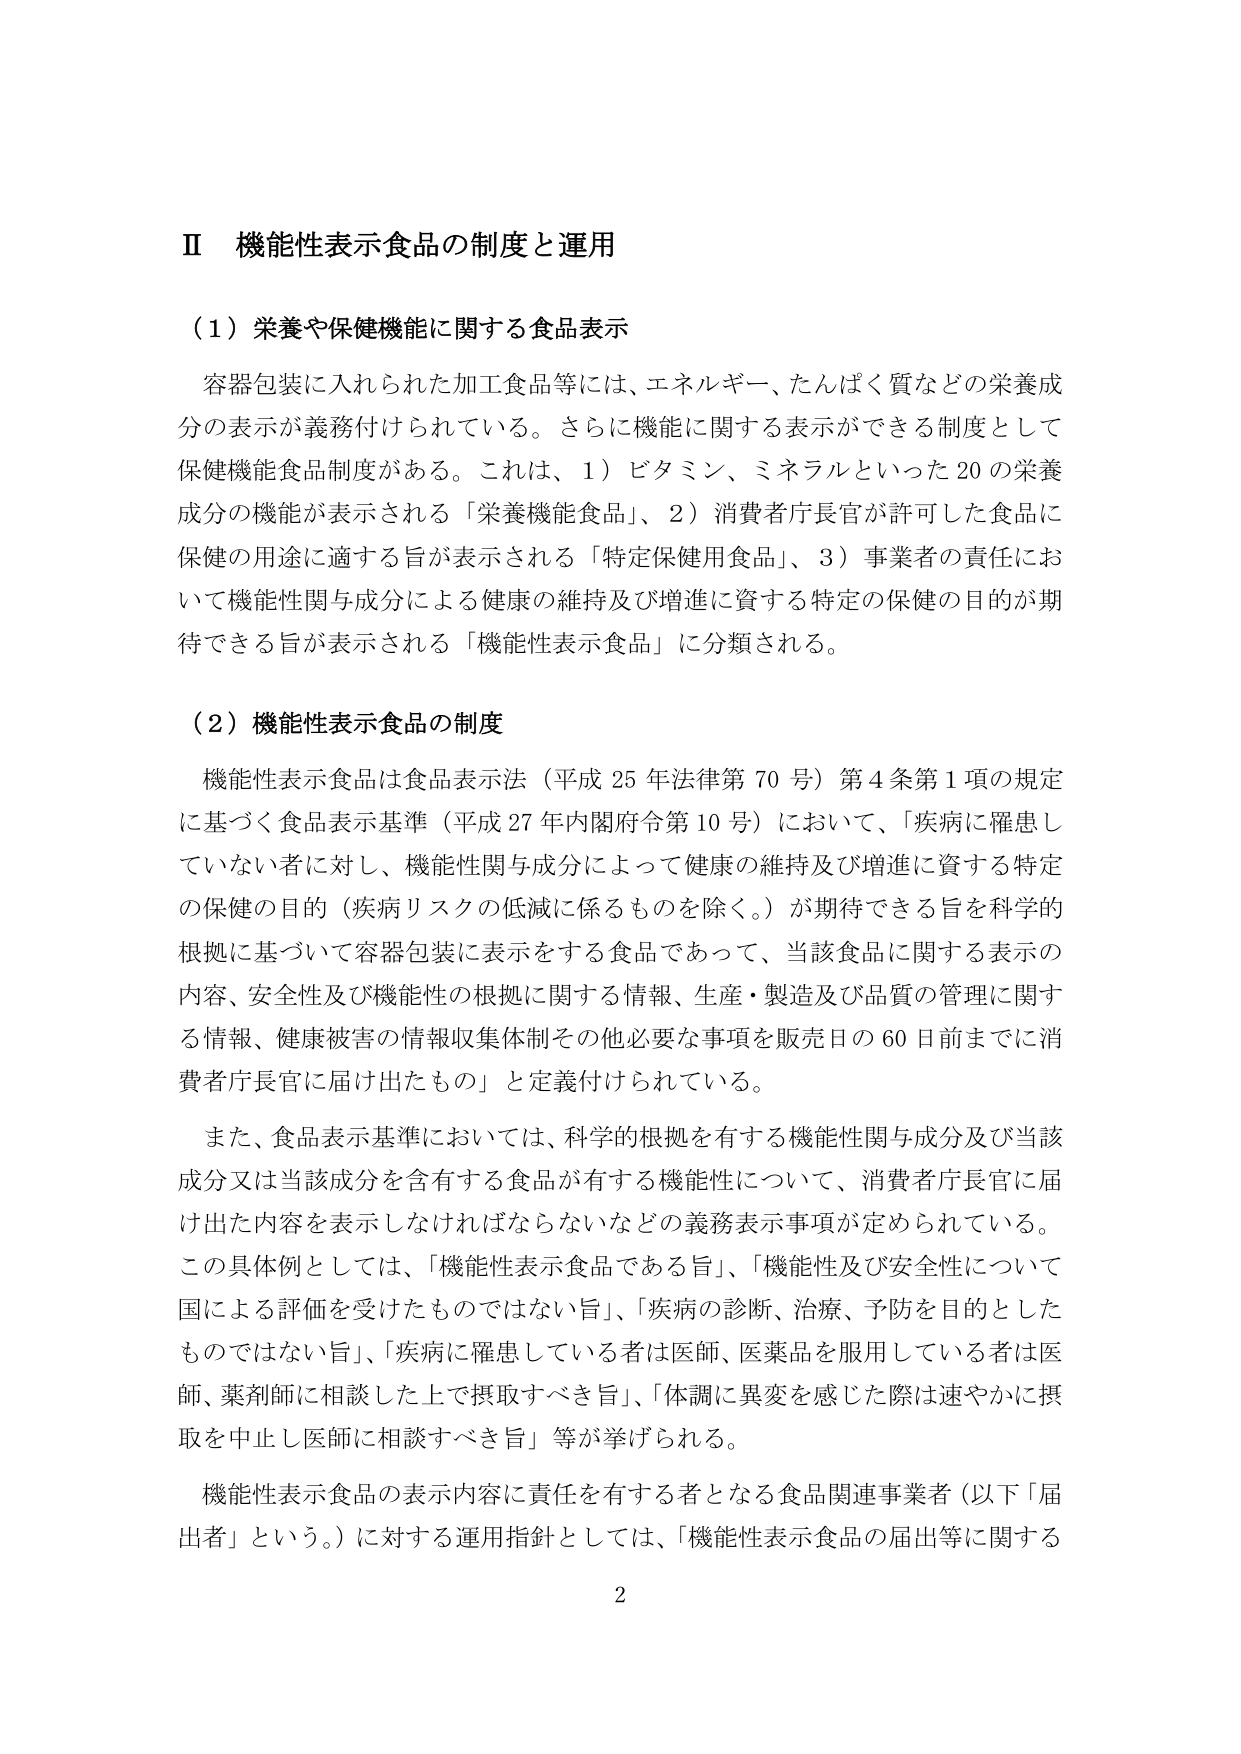
Ⅱ 機能性表示食品の制度と運用

（1）栄養や保健機能に関する食品表示

容器包装に入れられた加工食品等には、エネルギー、たんぱく質などの栄養成分の表示が義務付けられている。さらに機能に関する表示ができる制度として保健機能食品制度がある。これは、1）ビタミン、ミネラルといった20の栄養成分の機能が表示される「栄養機能食品」、2）消費者庁長官が許可した食品に保健の用途に適する旨が表示される「特定保健用食品」、3）事業者の責任において機能性関与成分による健康の維持及び増進に資する特定の保健の目的が期待できる旨が表示される「機能性表示食品」に分類される。

（2）機能性表示食品の制度

機能性表示食品は食品表示法（平成25年法律第70号）第4条第1項の規定に基づく食品表示基準（平成27年内閣府令第10号）において、「疾病に罹患していない者に対し、機能性関与成分によって健康の維持及び増進に資する特定の保健の目的（疾病リスクの低減に係るものを除く。）が期待できる旨を科学的根拠に基づいて容器包装に表示をする食品であって、当該食品に関する表示の内容、安全性及び機能性の根拠に関する情報、生産・製造及び品質の管理に関する情報、健康被害の情報収集体制その他必要な事項を販売日の60日前までに消費者庁長官に届け出たもの」と定義付けられている。

また、食品表示基準においては、科学的根拠を有する機能性関与成分及び当該成分又は当該成分を含有する食品が有する機能性について、消費者庁長官に届け出た内容を表示しなければならないなどの義務表示事項が定められている。この具体例としては、「機能性表示食品である旨」、「機能性及び安全性について国による評価を受けたものではない旨」、「疾病の診断、治療、予防を目的としたものではない旨」、「疾病に罹患している者は医師、医薬品を服用している者は医師、薬剤師に相談した上で摂取すべき旨」、「体調に異変を感じた際は速やかに摂取を中止し医師に相談すべき旨」等が挙げられる。

機能性表示食品の表示内容に責任を有する者となる食品関連事業者（以下「届出者」という。）に対する運用指針としては、「機能性表示食品の届出等に関する

2